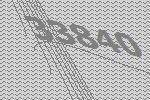
33840